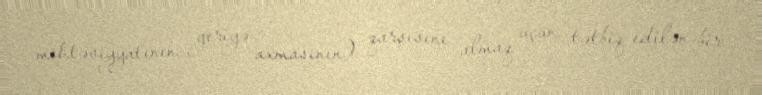
möhtəviyyatının geriyə axmasının) qarşısını almaq üçün tətbiq edilən bir